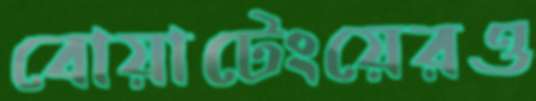
বোয়াটেংয়েরও